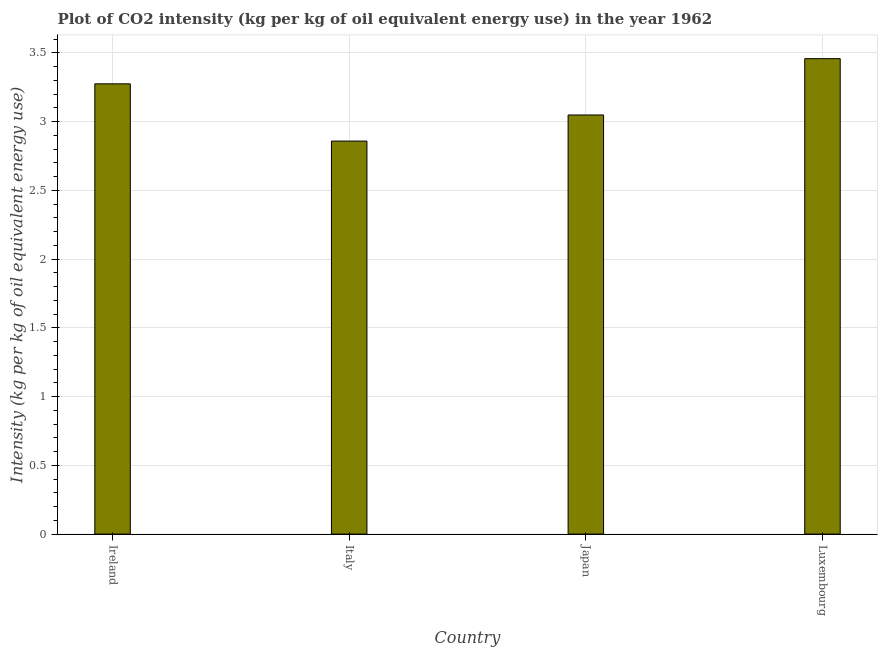
| Country | CO2 intensity |
 | --- | --- |
 | Ireland | 3.27 |
 | Italy | 2.86 |
 | Japan | 3.05 |
 | Luxembourg | 3.46 |